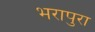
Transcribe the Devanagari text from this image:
भरापुरा